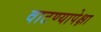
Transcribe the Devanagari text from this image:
वाटण्यापेक्षा